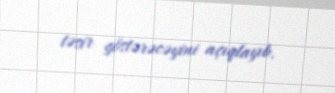
təsir göstərəcəyini açıqlayıb.